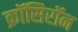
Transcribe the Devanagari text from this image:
क्रॉसिरॉन